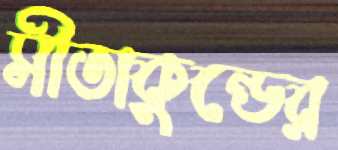
সীতাকুন্ডের